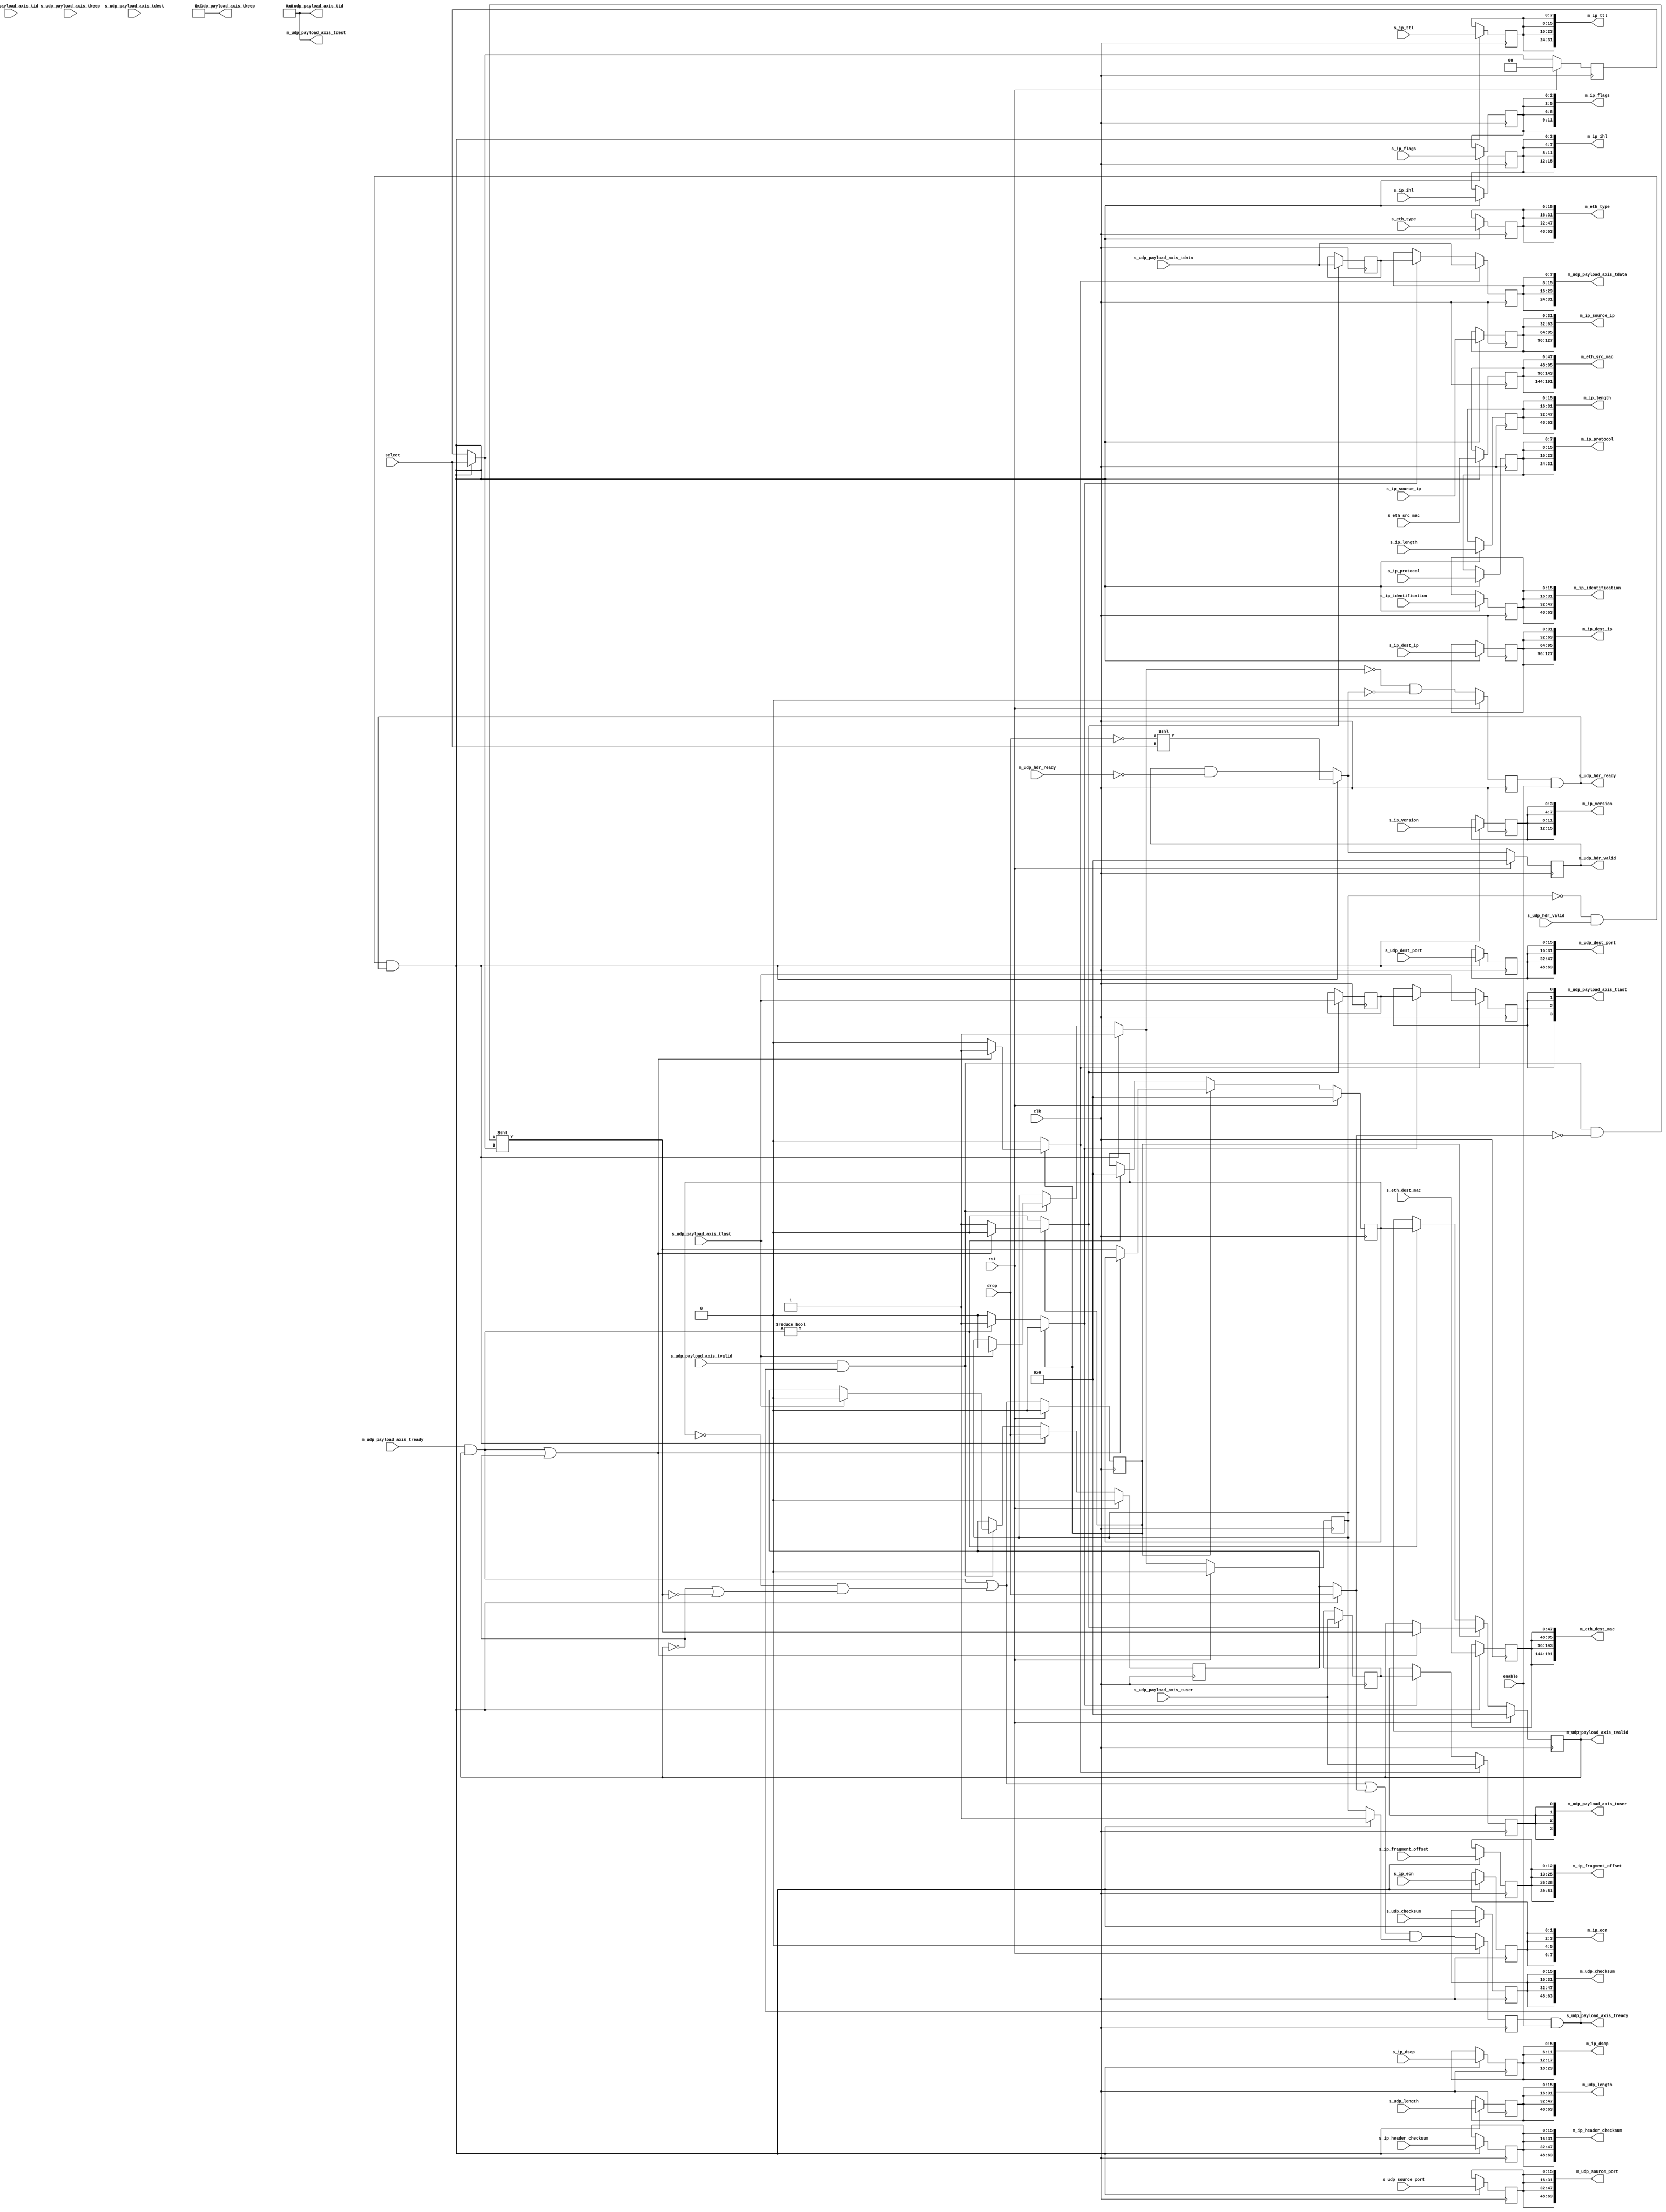
/*

Copyright (c) 2018 Alex Forencich

Permission is hereby granted, free of charge, to any person obtaining a copy
of this software and associated documentation files (the "Software"), to deal
in the Software without restriction, including without limitation the rights
to use, copy, modify, merge, publish, distribute, sublicense, and/or sell
copies of the Software, and to permit persons to whom the Software is
furnished to do so, subject to the following conditions:

The above copyright notice and this permission notice shall be included in
all copies or substantial portions of the Software.

THE SOFTWARE IS PROVIDED "AS IS", WITHOUT WARRANTY OF ANY KIND, EXPRESS OR
IMPLIED, INCLUDING BUT NOT LIMITED TO THE WARRANTIES OF MERCHANTABILITY
FITNESS FOR A PARTICULAR PURPOSE AND NONINFRINGEMENT. IN NO EVENT SHALL THE
AUTHORS OR COPYRIGHT HOLDERS BE LIABLE FOR ANY CLAIM, DAMAGES OR OTHER
LIABILITY, WHETHER IN AN ACTION OF CONTRACT, TORT OR OTHERWISE, ARISING FROM,
OUT OF OR IN CONNECTION WITH THE SOFTWARE OR THE USE OR OTHER DEALINGS IN
THE SOFTWARE.

*/

// Language: Verilog 2001

`resetall
`timescale 1ns / 1ps
`default_nettype none

/*
 * UDP demultiplexer
 */
module udp_demux #
(
    parameter M_COUNT = 4,
    parameter DATA_WIDTH = 8,
    parameter KEEP_ENABLE = (DATA_WIDTH>8),
    parameter KEEP_WIDTH = (DATA_WIDTH/8),
    parameter ID_ENABLE = 0,
    parameter ID_WIDTH = 8,
    parameter DEST_ENABLE = 0,
    parameter DEST_WIDTH = 8,
    parameter USER_ENABLE = 1,
    parameter USER_WIDTH = 1
)
(
    input  wire                          clk,
    input  wire                          rst,

    /*
     * UDP frame input
     */
    input  wire                          s_udp_hdr_valid,
    output wire                          s_udp_hdr_ready,
    input  wire [47:0]                   s_eth_dest_mac,
    input  wire [47:0]                   s_eth_src_mac,
    input  wire [15:0]                   s_eth_type,
    input  wire [3:0]                    s_ip_version,
    input  wire [3:0]                    s_ip_ihl,
    input  wire [5:0]                    s_ip_dscp,
    input  wire [1:0]                    s_ip_ecn,
    input  wire [15:0]                   s_ip_length,
    input  wire [15:0]                   s_ip_identification,
    input  wire [2:0]                    s_ip_flags,
    input  wire [12:0]                   s_ip_fragment_offset,
    input  wire [7:0]                    s_ip_ttl,
    input  wire [7:0]                    s_ip_protocol,
    input  wire [15:0]                   s_ip_header_checksum,
    input  wire [31:0]                   s_ip_source_ip,
    input  wire [31:0]                   s_ip_dest_ip,
    input  wire [15:0]                   s_udp_source_port,
    input  wire [15:0]                   s_udp_dest_port,
    input  wire [15:0]                   s_udp_length,
    input  wire [15:0]                   s_udp_checksum,
    input  wire [DATA_WIDTH-1:0]         s_udp_payload_axis_tdata,
    input  wire [KEEP_WIDTH-1:0]         s_udp_payload_axis_tkeep,
    input  wire                          s_udp_payload_axis_tvalid,
    output wire                          s_udp_payload_axis_tready,
    input  wire                          s_udp_payload_axis_tlast,
    input  wire [ID_WIDTH-1:0]           s_udp_payload_axis_tid,
    input  wire [DEST_WIDTH-1:0]         s_udp_payload_axis_tdest,
    input  wire [USER_WIDTH-1:0]         s_udp_payload_axis_tuser,

    /*
     * UDP frame outputs
     */
    output wire [M_COUNT-1:0]            m_udp_hdr_valid,
    input  wire [M_COUNT-1:0]            m_udp_hdr_ready,
    output wire [M_COUNT*48-1:0]         m_eth_dest_mac,
    output wire [M_COUNT*48-1:0]         m_eth_src_mac,
    output wire [M_COUNT*16-1:0]         m_eth_type,
    output wire [M_COUNT*4-1:0]          m_ip_version,
    output wire [M_COUNT*4-1:0]          m_ip_ihl,
    output wire [M_COUNT*6-1:0]          m_ip_dscp,
    output wire [M_COUNT*2-1:0]          m_ip_ecn,
    output wire [M_COUNT*16-1:0]         m_ip_length,
    output wire [M_COUNT*16-1:0]         m_ip_identification,
    output wire [M_COUNT*3-1:0]          m_ip_flags,
    output wire [M_COUNT*13-1:0]         m_ip_fragment_offset,
    output wire [M_COUNT*8-1:0]          m_ip_ttl,
    output wire [M_COUNT*8-1:0]          m_ip_protocol,
    output wire [M_COUNT*16-1:0]         m_ip_header_checksum,
    output wire [M_COUNT*32-1:0]         m_ip_source_ip,
    output wire [M_COUNT*32-1:0]         m_ip_dest_ip,
    output wire [M_COUNT*16-1:0]         m_udp_source_port,
    output wire [M_COUNT*16-1:0]         m_udp_dest_port,
    output wire [M_COUNT*16-1:0]         m_udp_length,
    output wire [M_COUNT*16-1:0]         m_udp_checksum,
    output wire [M_COUNT*DATA_WIDTH-1:0] m_udp_payload_axis_tdata,
    output wire [M_COUNT*KEEP_WIDTH-1:0] m_udp_payload_axis_tkeep,
    output wire [M_COUNT-1:0]            m_udp_payload_axis_tvalid,
    input  wire [M_COUNT-1:0]            m_udp_payload_axis_tready,
    output wire [M_COUNT-1:0]            m_udp_payload_axis_tlast,
    output wire [M_COUNT*ID_WIDTH-1:0]   m_udp_payload_axis_tid,
    output wire [M_COUNT*DEST_WIDTH-1:0] m_udp_payload_axis_tdest,
    output wire [M_COUNT*USER_WIDTH-1:0] m_udp_payload_axis_tuser,

    /*
     * Control
     */
    input  wire                          enable,
    input  wire                          drop,
    input  wire [$clog2(M_COUNT)-1:0]    select
);

parameter CL_M_COUNT = $clog2(M_COUNT);

reg [CL_M_COUNT-1:0] select_reg = {CL_M_COUNT{1'b0}}, select_ctl, select_next;
reg drop_reg = 1'b0, drop_ctl, drop_next;
reg frame_reg = 1'b0, frame_ctl, frame_next;

reg s_udp_hdr_ready_reg = 1'b0, s_udp_hdr_ready_next;

reg s_udp_payload_axis_tready_reg = 1'b0, s_udp_payload_axis_tready_next;

reg [M_COUNT-1:0] m_udp_hdr_valid_reg = 0, m_udp_hdr_valid_next;
reg [47:0] m_eth_dest_mac_reg = 48'd0, m_eth_dest_mac_next;
reg [47:0] m_eth_src_mac_reg = 48'd0, m_eth_src_mac_next;
reg [15:0] m_eth_type_reg = 16'd0, m_eth_type_next;
reg [3:0]  m_ip_version_reg = 4'd0, m_ip_version_next;
reg [3:0]  m_ip_ihl_reg = 4'd0, m_ip_ihl_next;
reg [5:0]  m_ip_dscp_reg = 6'd0, m_ip_dscp_next;
reg [1:0]  m_ip_ecn_reg = 2'd0, m_ip_ecn_next;
reg [15:0] m_ip_length_reg = 16'd0, m_ip_length_next;
reg [15:0] m_ip_identification_reg = 16'd0, m_ip_identification_next;
reg [2:0]  m_ip_flags_reg = 3'd0, m_ip_flags_next;
reg [12:0] m_ip_fragment_offset_reg = 13'd0, m_ip_fragment_offset_next;
reg [7:0]  m_ip_ttl_reg = 8'd0, m_ip_ttl_next;
reg [7:0]  m_ip_protocol_reg = 8'd0, m_ip_protocol_next;
reg [15:0] m_ip_header_checksum_reg = 16'd0, m_ip_header_checksum_next;
reg [31:0] m_ip_source_ip_reg = 32'd0, m_ip_source_ip_next;
reg [31:0] m_ip_dest_ip_reg = 32'd0, m_ip_dest_ip_next;
reg [15:0] m_udp_source_port_reg = 16'd0, m_udp_source_port_next;
reg [15:0] m_udp_dest_port_reg = 16'd0, m_udp_dest_port_next;
reg [15:0] m_udp_length_reg = 16'd0, m_udp_length_next;
reg [15:0] m_udp_checksum_reg = 16'd0, m_udp_checksum_next;

// internal datapath
reg  [DATA_WIDTH-1:0] m_udp_payload_axis_tdata_int;
reg  [KEEP_WIDTH-1:0] m_udp_payload_axis_tkeep_int;
reg  [M_COUNT-1:0]    m_udp_payload_axis_tvalid_int;
reg                   m_udp_payload_axis_tready_int_reg = 1'b0;
reg                   m_udp_payload_axis_tlast_int;
reg  [ID_WIDTH-1:0]   m_udp_payload_axis_tid_int;
reg  [DEST_WIDTH-1:0] m_udp_payload_axis_tdest_int;
reg  [USER_WIDTH-1:0] m_udp_payload_axis_tuser_int;
wire                  m_udp_payload_axis_tready_int_early;

assign s_udp_hdr_ready = s_udp_hdr_ready_reg && enable;

assign s_udp_payload_axis_tready = s_udp_payload_axis_tready_reg && enable;

assign m_udp_hdr_valid = m_udp_hdr_valid_reg;
assign m_eth_dest_mac = {M_COUNT{m_eth_dest_mac_reg}};
assign m_eth_src_mac = {M_COUNT{m_eth_src_mac_reg}};
assign m_eth_type = {M_COUNT{m_eth_type_reg}};
assign m_ip_version = {M_COUNT{m_ip_version_reg}};
assign m_ip_ihl = {M_COUNT{m_ip_ihl_reg}};
assign m_ip_dscp = {M_COUNT{m_ip_dscp_reg}};
assign m_ip_ecn = {M_COUNT{m_ip_ecn_reg}};
assign m_ip_length = {M_COUNT{m_ip_length_reg}};
assign m_ip_identification = {M_COUNT{m_ip_identification_reg}};
assign m_ip_flags = {M_COUNT{m_ip_flags_reg}};
assign m_ip_fragment_offset = {M_COUNT{m_ip_fragment_offset_reg}};
assign m_ip_ttl = {M_COUNT{m_ip_ttl_reg}};
assign m_ip_protocol = {M_COUNT{m_ip_protocol_reg}};
assign m_ip_header_checksum = {M_COUNT{m_ip_header_checksum_reg}};
assign m_ip_source_ip = {M_COUNT{m_ip_source_ip_reg}};
assign m_ip_dest_ip = {M_COUNT{m_ip_dest_ip_reg}};
assign m_udp_source_port = {M_COUNT{m_udp_source_port_reg}};
assign m_udp_dest_port = {M_COUNT{m_udp_dest_port_reg}};
assign m_udp_length = {M_COUNT{m_udp_length_reg}};
assign m_udp_checksum = {M_COUNT{m_udp_checksum_reg}};

integer i;

always @* begin
    select_next = select_reg;
    select_ctl = select_reg;
    drop_next = drop_reg;
    drop_ctl = drop_reg;
    frame_next = frame_reg;
    frame_ctl = frame_reg;

    s_udp_hdr_ready_next = 1'b0;

    s_udp_payload_axis_tready_next = 1'b0;

    m_udp_hdr_valid_next = m_udp_hdr_valid_reg & ~m_udp_hdr_ready;
    m_eth_dest_mac_next = m_eth_dest_mac_reg;
    m_eth_src_mac_next = m_eth_src_mac_reg;
    m_eth_type_next = m_eth_type_reg;
    m_ip_version_next = m_ip_version_reg;
    m_ip_ihl_next = m_ip_ihl_reg;
    m_ip_dscp_next = m_ip_dscp_reg;
    m_ip_ecn_next = m_ip_ecn_reg;
    m_ip_length_next = m_ip_length_reg;
    m_ip_identification_next = m_ip_identification_reg;
    m_ip_flags_next = m_ip_flags_reg;
    m_ip_fragment_offset_next = m_ip_fragment_offset_reg;
    m_ip_ttl_next = m_ip_ttl_reg;
    m_ip_protocol_next = m_ip_protocol_reg;
    m_ip_header_checksum_next = m_ip_header_checksum_reg;
    m_ip_source_ip_next = m_ip_source_ip_reg;
    m_ip_dest_ip_next = m_ip_dest_ip_reg;
    m_udp_source_port_next = m_udp_source_port_reg;
    m_udp_dest_port_next = m_udp_dest_port_reg;
    m_udp_length_next = m_udp_length_reg;
    m_udp_checksum_next = m_udp_checksum_reg;

    if (s_udp_payload_axis_tvalid && s_udp_payload_axis_tready) begin
        // end of frame detection
        if (s_udp_payload_axis_tlast) begin
            frame_next = 1'b0;
            drop_next = 1'b0;
        end
    end

    if (!frame_reg && s_udp_hdr_valid && s_udp_hdr_ready) begin
        // start of frame, grab select value
        select_ctl = select;
        drop_ctl = drop;
        frame_ctl = 1'b1;

        select_next = select_ctl;
        drop_next = drop_ctl;
        frame_next = frame_ctl;

        s_udp_hdr_ready_next = 1'b0;

        m_udp_hdr_valid_next = (!drop_ctl) << select_ctl;
        m_eth_dest_mac_next = s_eth_dest_mac;
        m_eth_src_mac_next = s_eth_src_mac;
        m_eth_type_next = s_eth_type;
        m_ip_version_next = s_ip_version;
        m_ip_ihl_next = s_ip_ihl;
        m_ip_dscp_next = s_ip_dscp;
        m_ip_ecn_next = s_ip_ecn;
        m_ip_length_next = s_ip_length;
        m_ip_identification_next = s_ip_identification;
        m_ip_flags_next = s_ip_flags;
        m_ip_fragment_offset_next = s_ip_fragment_offset;
        m_ip_ttl_next = s_ip_ttl;
        m_ip_protocol_next = s_ip_protocol;
        m_ip_header_checksum_next = s_ip_header_checksum;
        m_ip_source_ip_next = s_ip_source_ip;
        m_ip_dest_ip_next = s_ip_dest_ip;
        m_udp_source_port_next = s_udp_source_port;
        m_udp_dest_port_next = s_udp_dest_port;
        m_udp_length_next = s_udp_length;
        m_udp_checksum_next = s_udp_checksum;
    end

    s_udp_hdr_ready_next = !frame_next && !m_udp_hdr_valid_next;

    s_udp_payload_axis_tready_next = (m_udp_payload_axis_tready_int_early || drop_ctl) && frame_ctl;

    m_udp_payload_axis_tdata_int  = s_udp_payload_axis_tdata;
    m_udp_payload_axis_tkeep_int  = s_udp_payload_axis_tkeep;
    m_udp_payload_axis_tvalid_int = (s_udp_payload_axis_tvalid && s_udp_payload_axis_tready && !drop_ctl) << select_ctl;
    m_udp_payload_axis_tlast_int  = s_udp_payload_axis_tlast;
    m_udp_payload_axis_tid_int    = s_udp_payload_axis_tid;
    m_udp_payload_axis_tdest_int  = s_udp_payload_axis_tdest;
    m_udp_payload_axis_tuser_int  = s_udp_payload_axis_tuser; 
end

always @(posedge clk) begin
    if (rst) begin
        select_reg <= 2'd0;
        drop_reg <= 1'b0;
        frame_reg <= 1'b0;
        s_udp_hdr_ready_reg <= 1'b0;
        s_udp_payload_axis_tready_reg <= 1'b0;
        m_udp_hdr_valid_reg <= 0;
    end else begin
        select_reg <= select_next;
        drop_reg <= drop_next;
        frame_reg <= frame_next;
        s_udp_hdr_ready_reg <= s_udp_hdr_ready_next;
        s_udp_payload_axis_tready_reg <= s_udp_payload_axis_tready_next;
        m_udp_hdr_valid_reg <= m_udp_hdr_valid_next;
    end

    m_eth_dest_mac_reg <= m_eth_dest_mac_next;
    m_eth_src_mac_reg <= m_eth_src_mac_next;
    m_eth_type_reg <= m_eth_type_next;
    m_ip_version_reg <= m_ip_version_next;
    m_ip_ihl_reg <= m_ip_ihl_next;
    m_ip_dscp_reg <= m_ip_dscp_next;
    m_ip_ecn_reg <= m_ip_ecn_next;
    m_ip_length_reg <= m_ip_length_next;
    m_ip_identification_reg <= m_ip_identification_next;
    m_ip_flags_reg <= m_ip_flags_next;
    m_ip_fragment_offset_reg <= m_ip_fragment_offset_next;
    m_ip_ttl_reg <= m_ip_ttl_next;
    m_ip_protocol_reg <= m_ip_protocol_next;
    m_ip_header_checksum_reg <= m_ip_header_checksum_next;
    m_ip_source_ip_reg <= m_ip_source_ip_next;
    m_ip_dest_ip_reg <= m_ip_dest_ip_next;
    m_udp_source_port_reg <= m_udp_source_port_next;
    m_udp_dest_port_reg <= m_udp_dest_port_next;
    m_udp_length_reg <= m_udp_length_next;
    m_udp_checksum_reg <= m_udp_checksum_next;
end

// output datapath logic
reg [DATA_WIDTH-1:0] m_udp_payload_axis_tdata_reg  = {DATA_WIDTH{1'b0}};
reg [KEEP_WIDTH-1:0] m_udp_payload_axis_tkeep_reg  = {KEEP_WIDTH{1'b0}};
reg [M_COUNT-1:0]    m_udp_payload_axis_tvalid_reg = {M_COUNT{1'b0}}, m_udp_payload_axis_tvalid_next;
reg                  m_udp_payload_axis_tlast_reg  = 1'b0;
reg [ID_WIDTH-1:0]   m_udp_payload_axis_tid_reg    = {ID_WIDTH{1'b0}};
reg [DEST_WIDTH-1:0] m_udp_payload_axis_tdest_reg  = {DEST_WIDTH{1'b0}};
reg [USER_WIDTH-1:0] m_udp_payload_axis_tuser_reg  = {USER_WIDTH{1'b0}};

reg [DATA_WIDTH-1:0] temp_m_udp_payload_axis_tdata_reg  = {DATA_WIDTH{1'b0}};
reg [KEEP_WIDTH-1:0] temp_m_udp_payload_axis_tkeep_reg  = {KEEP_WIDTH{1'b0}};
reg [M_COUNT-1:0]    temp_m_udp_payload_axis_tvalid_reg = {M_COUNT{1'b0}}, temp_m_udp_payload_axis_tvalid_next;
reg                  temp_m_udp_payload_axis_tlast_reg  = 1'b0;
reg [ID_WIDTH-1:0]   temp_m_udp_payload_axis_tid_reg    = {ID_WIDTH{1'b0}};
reg [DEST_WIDTH-1:0] temp_m_udp_payload_axis_tdest_reg  = {DEST_WIDTH{1'b0}};
reg [USER_WIDTH-1:0] temp_m_udp_payload_axis_tuser_reg  = {USER_WIDTH{1'b0}};

// datapath control
reg store_axis_int_to_output;
reg store_axis_int_to_temp;
reg store_udp_payload_axis_temp_to_output;

assign m_udp_payload_axis_tdata  = {M_COUNT{m_udp_payload_axis_tdata_reg}};
assign m_udp_payload_axis_tkeep  = KEEP_ENABLE ? {M_COUNT{m_udp_payload_axis_tkeep_reg}} : {M_COUNT*KEEP_WIDTH{1'b1}};
assign m_udp_payload_axis_tvalid = m_udp_payload_axis_tvalid_reg;
assign m_udp_payload_axis_tlast  = {M_COUNT{m_udp_payload_axis_tlast_reg}};
assign m_udp_payload_axis_tid    = ID_ENABLE   ? {M_COUNT{m_udp_payload_axis_tid_reg}}   : {M_COUNT*ID_WIDTH{1'b0}};
assign m_udp_payload_axis_tdest  = DEST_ENABLE ? {M_COUNT{m_udp_payload_axis_tdest_reg}} : {M_COUNT*DEST_WIDTH{1'b0}};
assign m_udp_payload_axis_tuser  = USER_ENABLE ? {M_COUNT{m_udp_payload_axis_tuser_reg}} : {M_COUNT*USER_WIDTH{1'b0}};

// enable ready input next cycle if output is ready or the temp reg will not be filled on the next cycle (output reg empty or no input)
assign m_udp_payload_axis_tready_int_early = (m_udp_payload_axis_tready & m_udp_payload_axis_tvalid) || (!temp_m_udp_payload_axis_tvalid_reg && (!m_udp_payload_axis_tvalid || !m_udp_payload_axis_tvalid_int));

always @* begin
    // transfer sink ready state to source
    m_udp_payload_axis_tvalid_next = m_udp_payload_axis_tvalid_reg;
    temp_m_udp_payload_axis_tvalid_next = temp_m_udp_payload_axis_tvalid_reg;

    store_axis_int_to_output = 1'b0;
    store_axis_int_to_temp = 1'b0;
    store_udp_payload_axis_temp_to_output = 1'b0;

    if (m_udp_payload_axis_tready_int_reg) begin
        // input is ready
        if ((m_udp_payload_axis_tready & m_udp_payload_axis_tvalid) || !m_udp_payload_axis_tvalid) begin
            // output is ready or currently not valid, transfer data to output
            m_udp_payload_axis_tvalid_next = m_udp_payload_axis_tvalid_int;
            store_axis_int_to_output = 1'b1;
        end else begin
            // output is not ready, store input in temp
            temp_m_udp_payload_axis_tvalid_next = m_udp_payload_axis_tvalid_int;
            store_axis_int_to_temp = 1'b1;
        end
    end else if (m_udp_payload_axis_tready & m_udp_payload_axis_tvalid) begin
        // input is not ready, but output is ready
        m_udp_payload_axis_tvalid_next = temp_m_udp_payload_axis_tvalid_reg;
        temp_m_udp_payload_axis_tvalid_next = 1'b0;
        store_udp_payload_axis_temp_to_output = 1'b1;
    end
end

always @(posedge clk) begin
    if (rst) begin
        m_udp_payload_axis_tvalid_reg <= {M_COUNT{1'b0}};
        m_udp_payload_axis_tready_int_reg <= 1'b0;
        temp_m_udp_payload_axis_tvalid_reg <= 1'b0;
    end else begin
        m_udp_payload_axis_tvalid_reg <= m_udp_payload_axis_tvalid_next;
        m_udp_payload_axis_tready_int_reg <= m_udp_payload_axis_tready_int_early;
        temp_m_udp_payload_axis_tvalid_reg <= temp_m_udp_payload_axis_tvalid_next;
    end

    // datapath
    if (store_axis_int_to_output) begin
        m_udp_payload_axis_tdata_reg <= m_udp_payload_axis_tdata_int;
        m_udp_payload_axis_tkeep_reg <= m_udp_payload_axis_tkeep_int;
        m_udp_payload_axis_tlast_reg <= m_udp_payload_axis_tlast_int;
        m_udp_payload_axis_tid_reg   <= m_udp_payload_axis_tid_int;
        m_udp_payload_axis_tdest_reg <= m_udp_payload_axis_tdest_int;
        m_udp_payload_axis_tuser_reg <= m_udp_payload_axis_tuser_int;
    end else if (store_udp_payload_axis_temp_to_output) begin
        m_udp_payload_axis_tdata_reg <= temp_m_udp_payload_axis_tdata_reg;
        m_udp_payload_axis_tkeep_reg <= temp_m_udp_payload_axis_tkeep_reg;
        m_udp_payload_axis_tlast_reg <= temp_m_udp_payload_axis_tlast_reg;
        m_udp_payload_axis_tid_reg   <= temp_m_udp_payload_axis_tid_reg;
        m_udp_payload_axis_tdest_reg <= temp_m_udp_payload_axis_tdest_reg;
        m_udp_payload_axis_tuser_reg <= temp_m_udp_payload_axis_tuser_reg;
    end

    if (store_axis_int_to_temp) begin
        temp_m_udp_payload_axis_tdata_reg <= m_udp_payload_axis_tdata_int;
        temp_m_udp_payload_axis_tkeep_reg <= m_udp_payload_axis_tkeep_int;
        temp_m_udp_payload_axis_tlast_reg <= m_udp_payload_axis_tlast_int;
        temp_m_udp_payload_axis_tid_reg   <= m_udp_payload_axis_tid_int;
        temp_m_udp_payload_axis_tdest_reg <= m_udp_payload_axis_tdest_int;
        temp_m_udp_payload_axis_tuser_reg <= m_udp_payload_axis_tuser_int;
    end
end

endmodule

`resetall